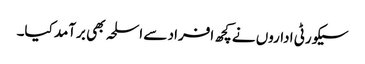
سیکورٹی اداروں نے کچھ افراد سے اسلحہ بھی برآمد کیا۔